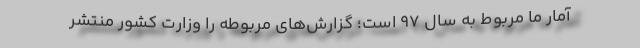
آمار ما مربوط به سال ۹۷ است؛ گزارش‌های مربوطه را وزارت کشور منتشر